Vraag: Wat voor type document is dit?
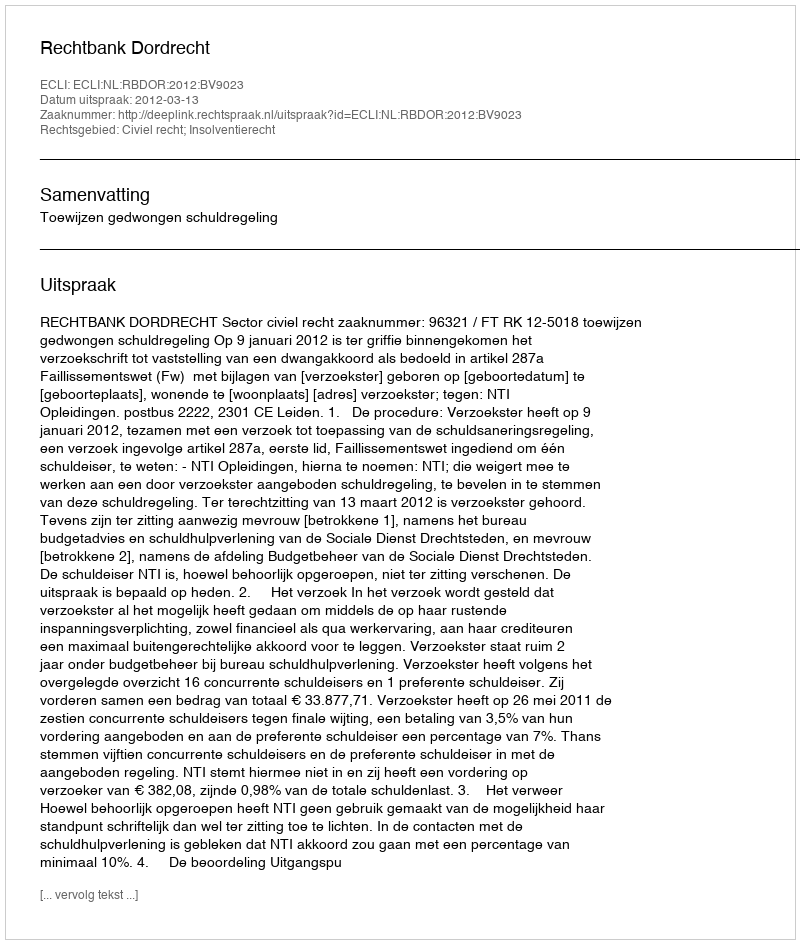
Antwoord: Uitspraak